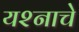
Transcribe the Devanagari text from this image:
यश्नाचे